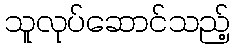
သူလုပ်ဆောင်သည့်